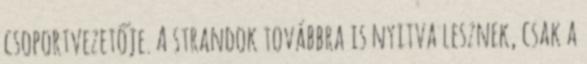
csoportvezetője. A strandok továbbra is nyitva lesznek, csak a